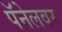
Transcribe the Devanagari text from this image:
पॅनेलवर